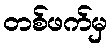
တစ်ဖက်မှ